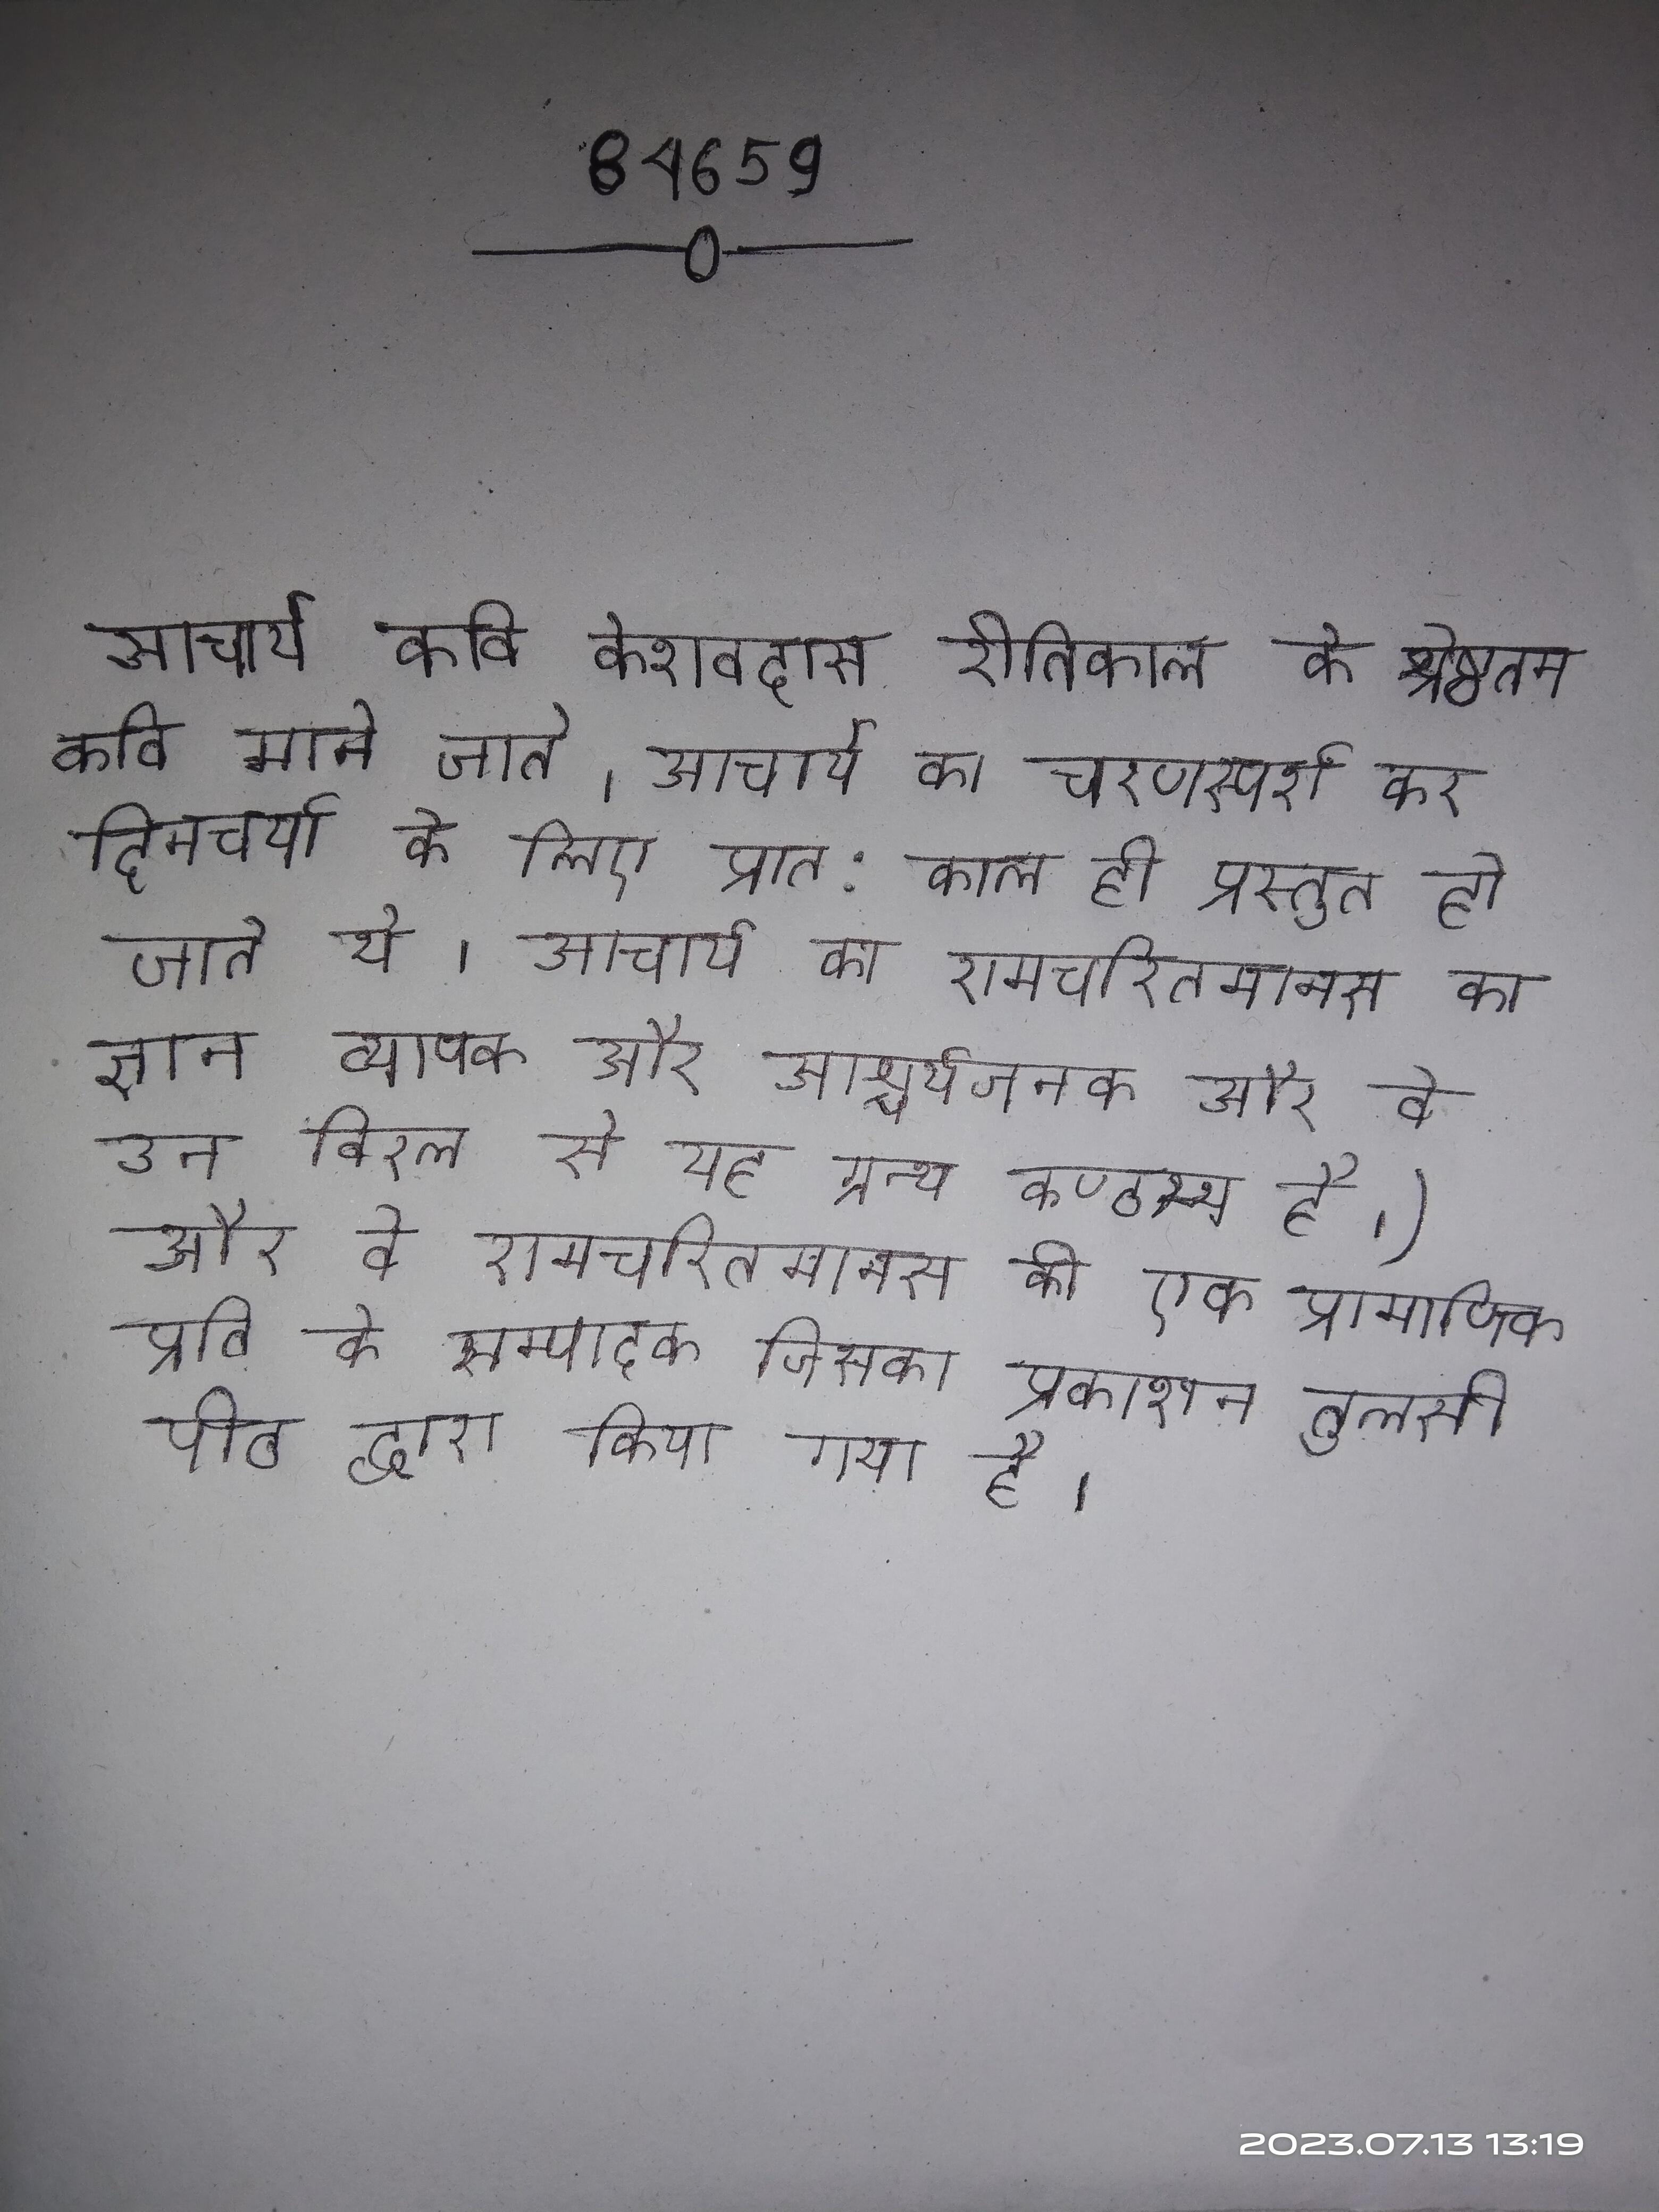
आचार्य कवि केशवदास रीतिकाल के श्रेष्ठतम कवि माने जाते । आचार्य का चरणस्पर्श कर दिनचर्या के लिए प्रात:काल ही प्रस्तुत हो जाते थे । आचार्य का रामचरितमानस का ज्ञान व्यापक और आश्चर्यजनक और वे उन विरल से यह ग्रन्थ कण्ठस्थ है।) और वे रामचरितमानस की एक प्रामाणिक प्रति के सम्पादक जिसका प्रकाशन तुलसी पीठ द्वारा किया गया है ।